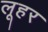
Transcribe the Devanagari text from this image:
लूहर